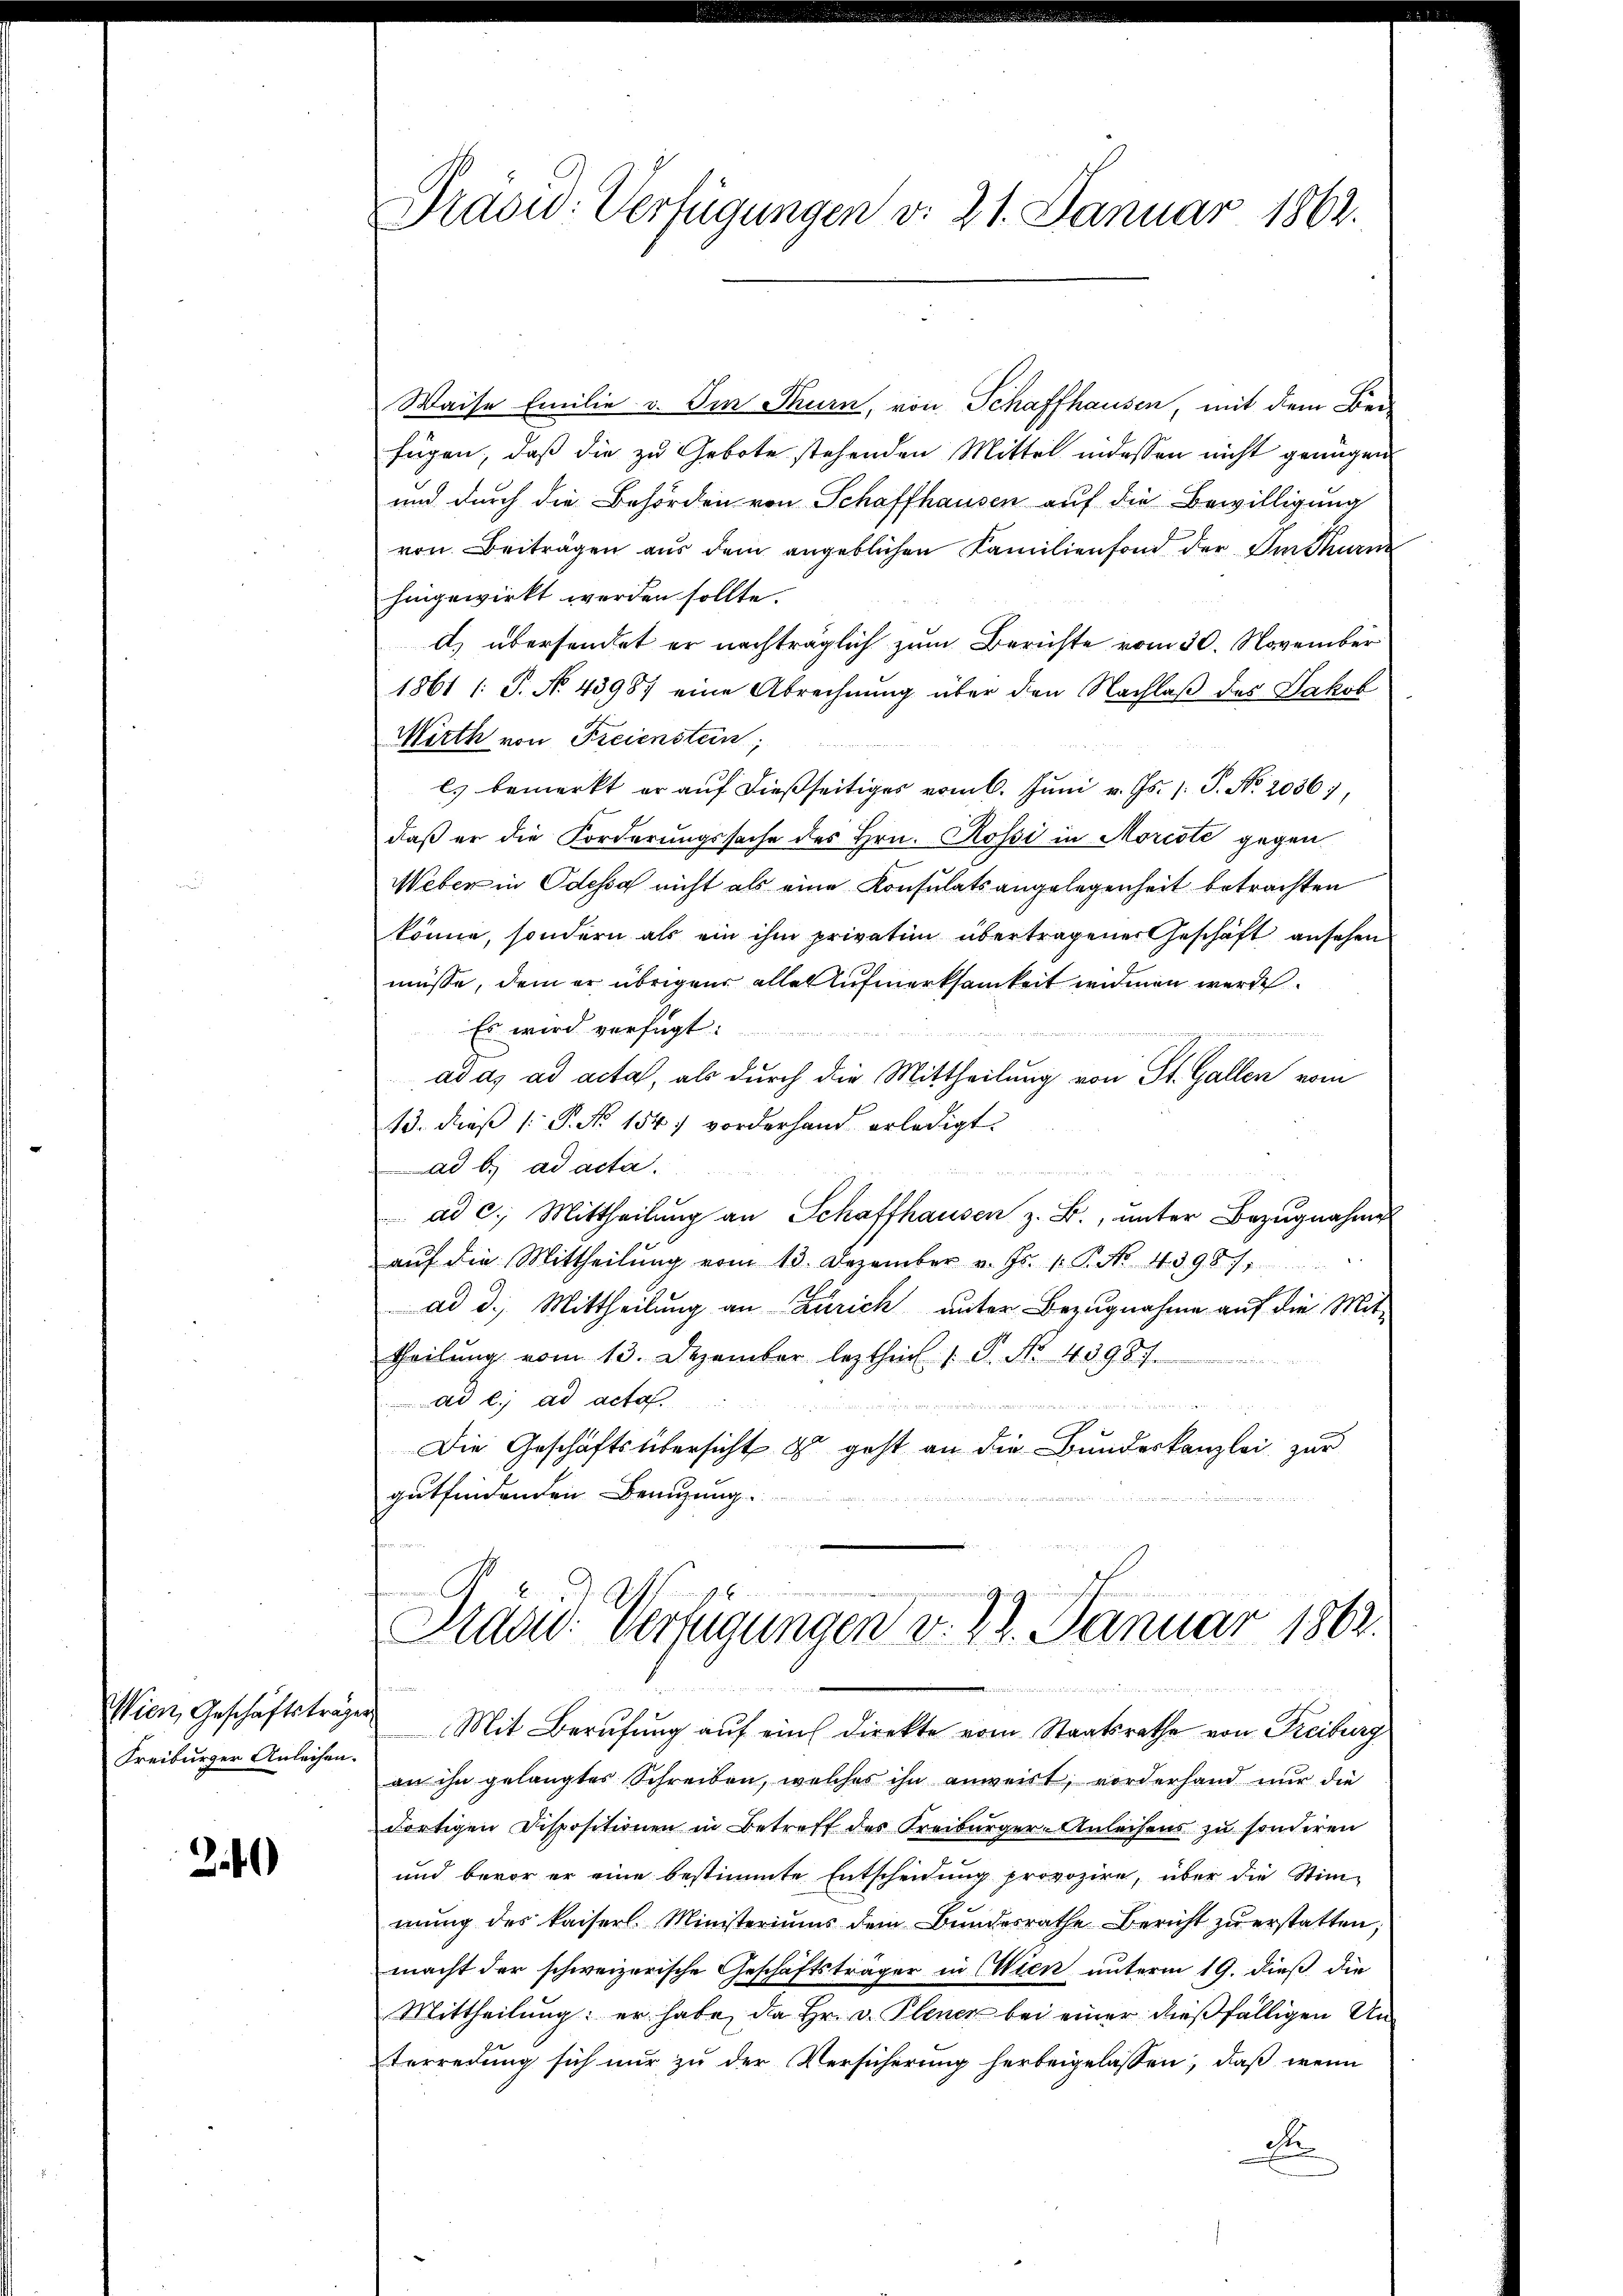
Wien, Geschäftsträger
Freiburger Anleihen.

2.)

Waise Emilie v. Im Thurn, von Schaffhausen, mit dem Bei-
fügen, daß die zu Gebote stehenden Mittel indessen nicht genügen
und durch die Behörden von Schaffhausen auf die Bewilligung
von Beiträgen aus dem angeblichen Familienfond der Imthurn
hingewirkt werden sollte.
d.) übersendet er nachträglich zum Berichte vom 30. November
1861 /: P. No. 43987 eine Abrechnung über den Nachlaß des Jakob
Mirth von Freienstein,
C. bemerkt er auf dießseitiges vom 6. Juni v. Js. 1. P. No. 20361,
daß er die Forderungssache des Hrn. Rossi in Morcote gegen
Weber in Odessa nicht als eine Konsulatsangelegenheit betrachten
könne, sondern als ein ihm privation übertragener Geschäft ansehen
müsse, dem er übrigens aller Aufmerksamkeit widmen werde.
Es wird verfügt:
ad a. ad acta, als durch die Mittheilung von St. Gallen vom
13. dieß P. Nr. 154) vorderhand erledigt.
ad b.) ad acta.
 würd
 ad c. Mittheilung an Schaffhausen z. B., unter Bezugnahme
aŭf die Mittheilŭng vom 13. Dezember v. Fr. 1. P. Nr. 4398),
ad d.) Mittheilung an Zürich unter Bezugnahme auf die Mittheilŭng vom 13. Dezember leztheit 1. P. No. 4398
ad e. ad acta.

Die Geschäftsübersicht zu geht an die Bundeskanzlei zur
gutfindenden Benutzung.

Präsid. Verfügungen d. 21. Januar 1862.

d
Prasid. Verfügungen v. 29. Januar 1862.

Mit Berufung auf ein Direkte vom Staatsrathe von Freiburg
an ihn gelangtes Schreiben, welches ihn anweist, vorderhand nur die
dortigen Dispositionen in Betreff des Kreiburger-Anleihens zu sonderen
und bevor er eine bestimmte Entscheidung provozire, über die Stim-
mung des kaiserl. Ministeriums dem Bundesrathe Bericht zu erstatten;
macht der schweizerische Geschäftsträger in Wien unterm 19. dieß die
Mittheilung: er habe, da Hr. v. Plener bei einer dießfälligen Unterredung sich nur zu der Versicherung herbeigelassen; daß wenn
D